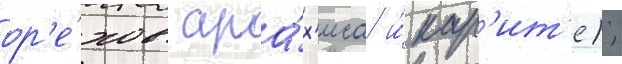
ор'е́хов ара́х'иса и́ кар'ит'е);